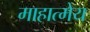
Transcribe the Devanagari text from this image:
माहात्मेय